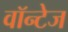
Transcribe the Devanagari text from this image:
वॉन्टेज